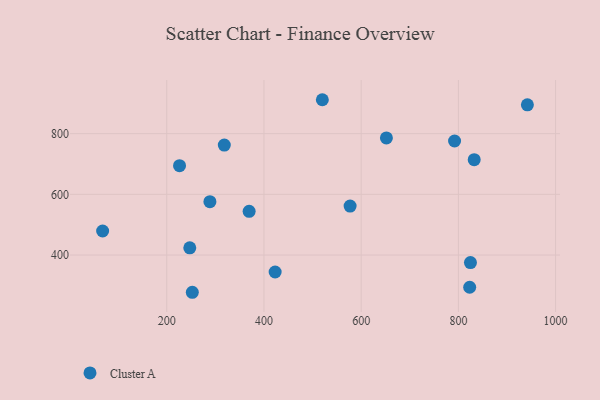
{"axis": {"x": "Speed", "y": "Profit"}, "legend": ["Cluster A"], "data": [{"x": "792.1", "y": 775.8, "type": "Cluster A"}, {"x": "832.5", "y": 714.3, "type": "Cluster A"}, {"x": "318.4", "y": 762.4, "type": "Cluster A"}, {"x": "369.5", "y": 543.9, "type": "Cluster A"}, {"x": "288.8", "y": 575.7, "type": "Cluster A"}, {"x": "252.6", "y": 277.3, "type": "Cluster A"}, {"x": "941.9", "y": 895.1, "type": "Cluster A"}, {"x": "423.0", "y": 344.1, "type": "Cluster A"}, {"x": "247.4", "y": 423.8, "type": "Cluster A"}, {"x": "824.8", "y": 375.3, "type": "Cluster A"}, {"x": "651.9", "y": 785.9, "type": "Cluster A"}, {"x": "823.2", "y": 293.8, "type": "Cluster A"}, {"x": "68.1", "y": 479.2, "type": "Cluster A"}, {"x": "520.1", "y": 911.8, "type": "Cluster A"}, {"x": "226.3", "y": 694.6, "type": "Cluster A"}, {"x": "577.2", "y": 561.5, "type": "Cluster A"}]}